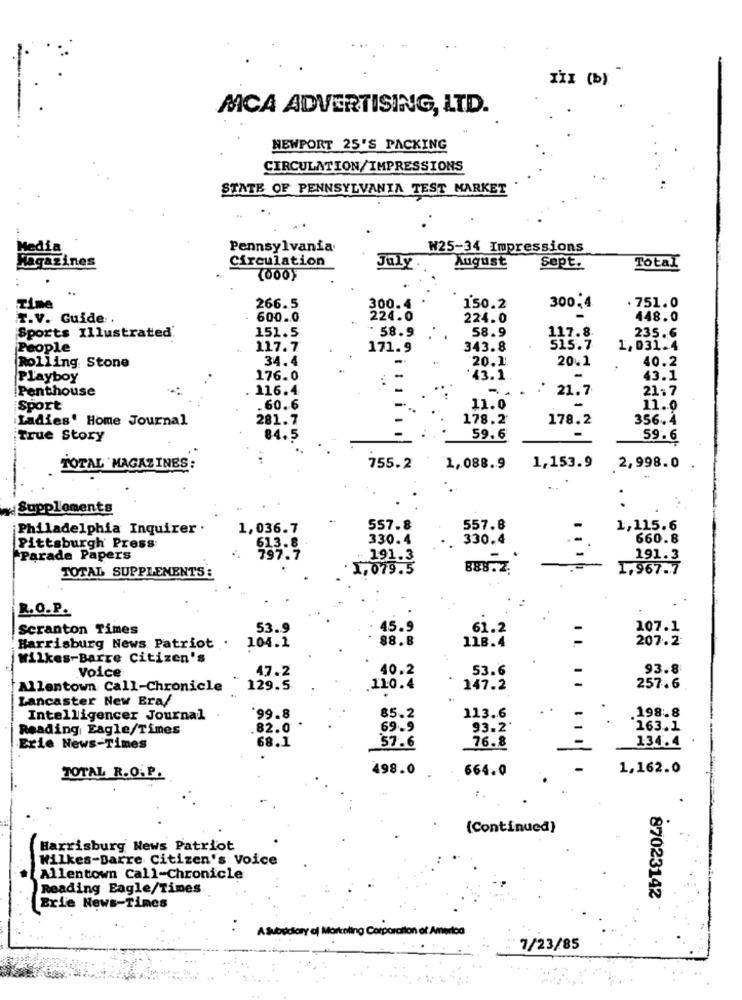
III (b)
MCA ADVERTISING, LTD.
NEWPORT 25'S PACKING
CIRCULATION/IMPRESSIONS
STATE OF PENNSYLVANIA TEST MARKET
Media
Pennsylvania
W25-34 Impressions
Magazines
Circulation
August
July
Sept.
Total
Time
266.5
300.4
150.2
300,4
. 751.0
T.V. Guide.
600.0
224.0
224.0
-
448.0
151.5
58.9
Sports Illustrated.
58.9
117.8
235.6
People
117.7
171.9
343.8
515.7
1,031.4
34.4
20.1
20.1
40.2
Rolling Stone
Playboy
176.0
43.1.
43.1
Penthouse
116.4
1
.. . . 21.7
21.7
sport
.60.6
11.0
11.0
Ladies' Home Journal
281.7
178.2
178.2
356.4
True Story
84.5
59.6
-
59.6
TOTAL MAGAZINES:
755.2
1,088.9
1,153.9
2,998.0
Supplements
Philadelphia Inquirer .
1,036.7
557.8
557.8
1,115.6
330.4
330.4
660.8
Pittsburgh' Press
613.8
"Parade Papers
797.7
191.3
191.3
1,079.5
888.Z.
1,967.7
TOTAL SUPPLEMENTS:
R.O.P.
Scranton Times
53.9
45.9
61.2
107.1
88.8
118.4
207.2
Harrisburg News Patriot .
104.1
wilkes-Barre Citizen's
47.2
40.2
53.6
93.8
Voice
Allentown Call-Chronicle
129.5
110.4
147.2
257.6
Lancaster New Era/
113.6
.198.8
Intelligencer Journal
*99.8
85.2
Reading Eagle/Times
82.0
69.9
93.2'
163.1
68.1
76.8
134.4
Erie News-Times
57.6
498.0
664.0
1,162.0
TOTAL R.O.P.
:.
(Continued)
Harrisburg News Patriot
Wilkes-Barre Citizen's Voice
Allentown Call-Chronicle
Reading Eagle/Times.
87023142
Erl'e News-Times
: A Subsidiary of Marketing Corporation of America
7/23/85